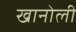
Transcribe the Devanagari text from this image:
खानोली